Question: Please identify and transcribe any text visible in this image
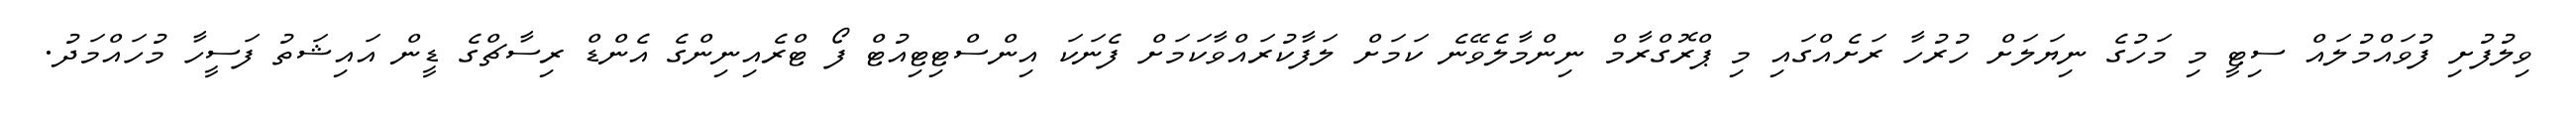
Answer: ވިލުފުށި ފުވައްމުލައް ސިޓީ މި މަހުގެ ނިޔަލަށް ހުރުހާ ރަށެއްގައި މި ޕްރޮގްރާމް ނިންމާލެވޭނެ ކަމަށް ލަފާކުރައްވާކަމަށް ފެނަކަ އިންސްޓިޓިއުޓް ފޯ ޓްރެއިނިންގެ އެންޑް ރިސާޗްގެ ޑީން އައިޝަތު ފަސީހާ މުހައްމަދު.